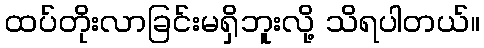
ထပ်တိုးလာခြင်းမရှိဘူးလို့ သိရပါတယ်။